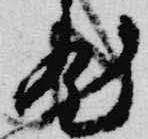
然